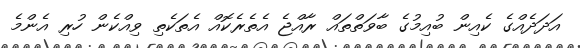
އަދަދެއްގެ ކެއިން ބުއިމުގެ ބާވަތްތައް ރާއްޖެ އެތެރެކޮއް އެތަކެތި ވިއްކެން ހުރި އެންމެ